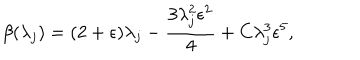
\beta ( \lambda _ { j } ) = ( 2 + \epsilon ) \lambda _ { j } - \frac { 3 \lambda _ { j } ^ { 2 } \epsilon ^ { 2 } } { 4 } + C \lambda _ { j } ^ { 3 } \epsilon ^ { 5 } ,